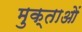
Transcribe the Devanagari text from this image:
मुक्ताओं